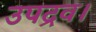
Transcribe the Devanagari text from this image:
उपद्रव।